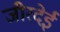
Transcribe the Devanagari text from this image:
जीरदेई